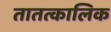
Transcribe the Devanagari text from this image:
तातत्कालिक